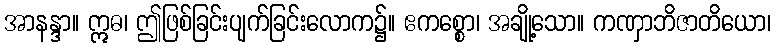
အာနန္ဒာ။ ဣဓ၊ ဤဖြစ်ခြင်းပျက်ခြင်းလောက၌။ ဧကစ္စော၊ အချို့သော။ ကဏှာဘိဇာတိယော၊